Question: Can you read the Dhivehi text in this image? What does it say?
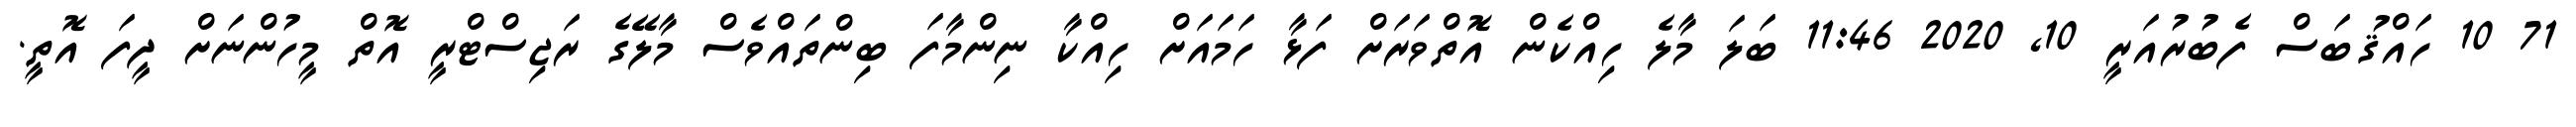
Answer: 71 10 ހައްޤުބަސް ފެބުރުއަރީ 10, 2020 11:46 ބަލަ މާލެ ހިއްކެން އޮތްވަރަށް ފަޅާ ހަމައަށް ހިއްކާ ނިންމާފަ ބިންތައްވެސް މާލޭގެ ރަޖިސްޓްރީ އޮތް މީހުންނަށް ދީފަ އޮތީ.